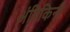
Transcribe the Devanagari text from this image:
अंतिकिनी